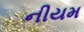
નીયમ